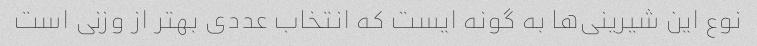
نوع این شیرینی‌ها به گونه ایست که انتخاب عددی بهتر از وزنی است